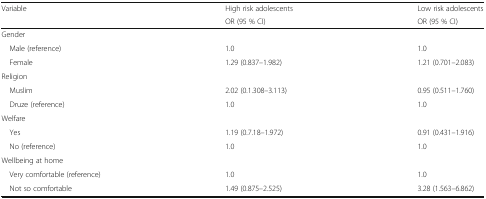
| <ROWSPAN=2> Variable | High risk adolescents | Low risk adolescents |
 | OR (95 % CI) | OR (95 % CI) |
 | --- | --- | --- |
 | <COLSPAN=3> Gender |
 | Male (reference) | 1.0 | 1.0 |
 | Female | 1.29 (0.837–1.982) | 1.21 (0.701–2.083) |
 | <COLSPAN=3> Religion |
 | Muslim | 2.02 (0.1.308–3.113) | 0.95 (0.511–1.760) |
 | Druze (reference) | 1.0 | 1.0 |
 | <COLSPAN=3> Welfare |
 | Yes | 1.19 (0.7.18–1.972) | 0.91 (0.431–1.916) |
 | No (reference) | 1.0 | 1.0 |
 | <COLSPAN=3> Wellbeing at home |
 | Very comfortable (reference) | 1.0 | 1.0 |
 | Not so comfortable | 1.49 (0.875–2.525) | 3.28 (1.563–6.862) |